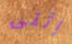
إثنى